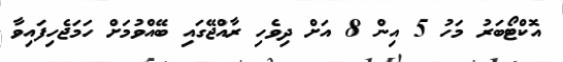
އޮކްޓޯބަރު މަހު 5 އިން 8 އަށް ދިވެހި ރާއްޖޭގައި ބޭއްވުމަށް ހަމަޖެހިފައިވާ